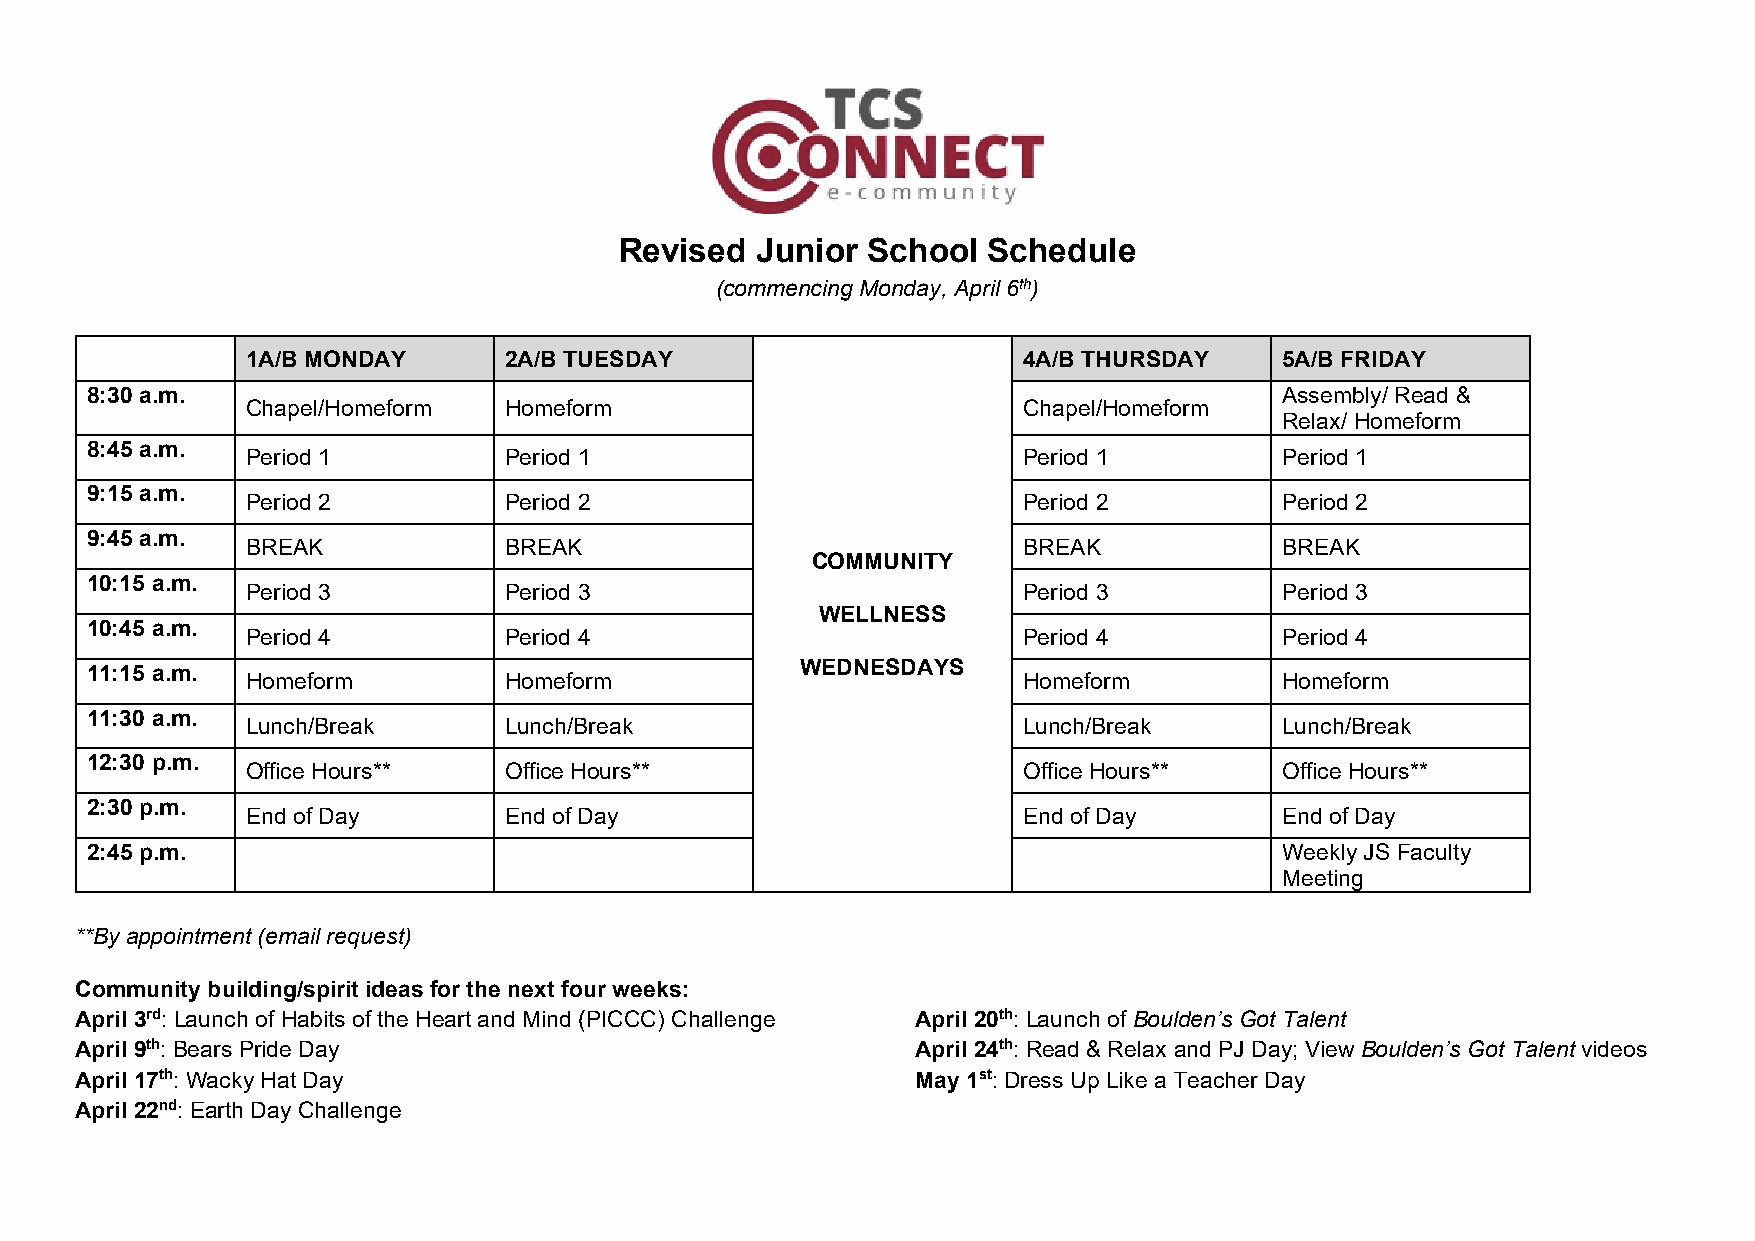
Revised  Junior School  Schedule
 (commencing Monday, April 6th)
 1A/B MONDAY      2A/B TUESDAY                       4A/B THURSDAY    5A/B FRIDAY
 8:30 a.m.                                                                      Assembly/ Read &
 Chapel/Homeform  Homeform                           Chapel/Homeform
 Relax/ Homeform
 8:45 a.m.
 Period 1         Period 1                           Period 1         Period 1
 9:15 a.m.
 Period 2         Period 2                           Period 2         Period 2
 9:45 a.m.
 BREAK            BREAK                              BREAK            BREAK
 COMMUNITY
 10:15 a.m.
 Period 3         Period 3                           Period 3         Period 3
 WELLNESS
 10:45 a.m.
 Period 4         Period 4                           Period 4         Period 4
 11:15 a.m.                                     WEDNESDAYS
 Homeform         Homeform                           Homeform         Homeform
 11:30 a.m.
 Lunch/Break      Lunch/Break                        Lunch/Break      Lunch/Break
 12:30 p.m.
 Office Hours**   Office Hours**                     Office Hours**   Office Hours**
 2:30 p.m.
 End of Day       End of Day                         End of Day       End of Day
 2:45 p.m.                                                                      Weekly JS Faculty
 Meeting
 **By appointment (email request)
 Community building/spirit ideas for the next four weeks:
 April 3rd: Launch of Habits of the Heart and Mind (PICCC) Challenge April 20th: Launch of Boulden’s Got Talent
 April 9th: Bears Pride Day                              April 24th: Read & Relax and PJ Day; View Boulden’s Got Talent videos
 April 17th: Wacky Hat Day                               May 1st: Dress Up Like a Teacher Day
 April 22nd: Earth Day Challenge